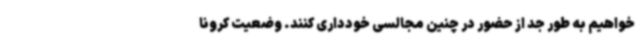
خواهیم به طور جد از حضور در چنین مجالسی خودداری کنند. وضعیت کرونا